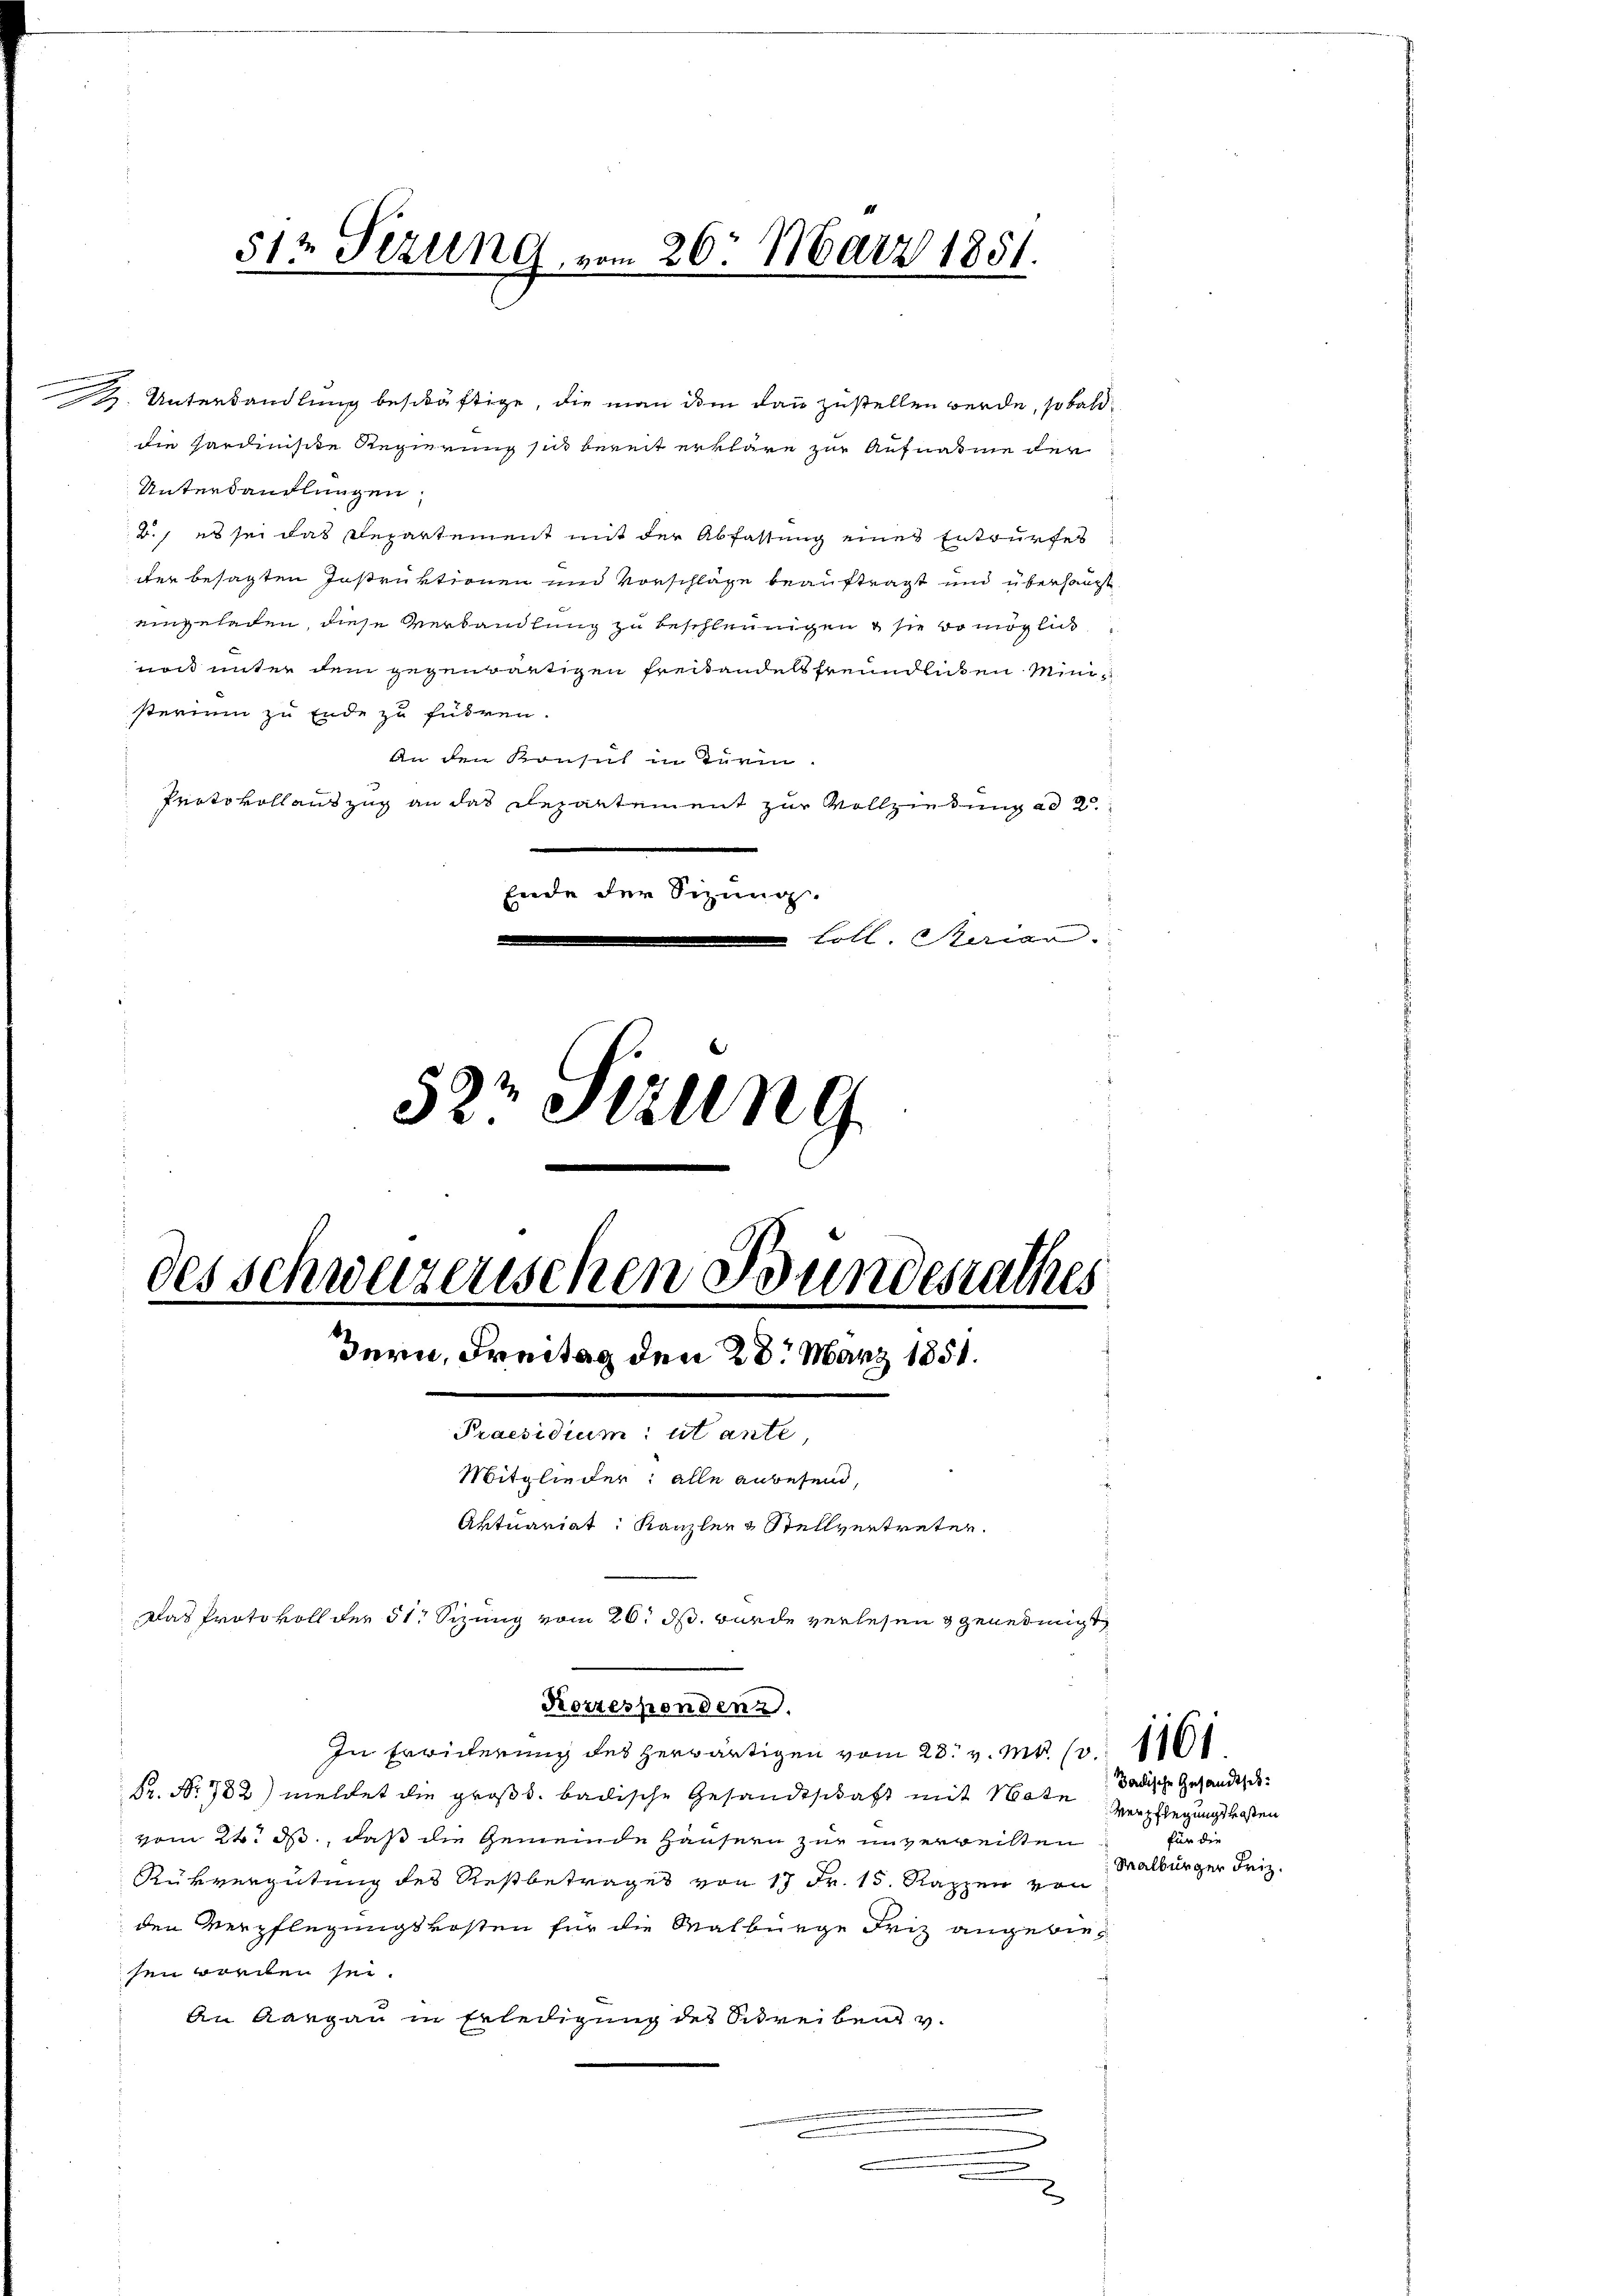
.

512 Sizung, vom 26. März 1851.

H. Unterhandlung beschäftige, die man dem dann zustellen werde, so bald
die Hardiniste Regierung sich bereit erkläre zur Aufnahme der
Unterhandlungen,
B., es sei das Departement mit der Abfassung eines Entwurfes
dter besagten Instruktionen und Vorschläge beauftragt und überhaupt
eingeladen, diese Verbandlung zu beschleunigen & sie do möglich
noch unter dem gegenwärtigen Freitandelsfreundlichen Ministerium zu Ende zu führen.
An den Konsul in Turm
Protokollauszug an das Departement zur Vollziehung ad 2.
Ende der Sizung.
Loll. Pariar
522 Sizung

des Schweizerischen Bundesrathes

Zern, Freitag den 28. März 1851.
Praesidium ut ante,
Mitglieder: alle anbesein,
Aktuariat: Kanzler & Stellvertreten.
Das Protokoll der 51 Sizung vom 26. ds. wurde verlesen & genehmigt,

In Erwicherung des herwärtigen vom 28. v. M. 13. 116
Pr. No. 782) meldet die großh. badische Gesandtschaft mit Note Badische Gesandtsch
vom 24. M., daß die Gemeinde Hausern zur unverweilten
Rükvergütung des Restbetrages von 17 Fr. 15. Rappen von
den Verpflegungskosten für die Malbürge Friz angebiesen worden sei.
An Aargau in Erledigung des Schreiben v.
.
u

Korresponden.

Verpflegungskosten
für die
Malburger Friz.